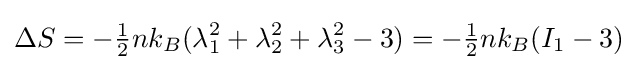
\Delta S=-{\tfrac {1}{2}}nk_{B}(\lambda _{1}^{2}+\lambda _{2}^{2}+\lambda _{3}^{2}-3)=-{\tfrac {1}{2}}nk_{B}(I_{1}-3)